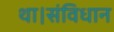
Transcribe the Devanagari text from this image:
था।संविधान